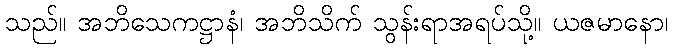
သည်။ အဘိသေကဋ္ဌာနံ၊ အဘိသိက် သွန်းရာအရပ်သို့။ ယဇမာနော၊